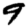
Digit: 9